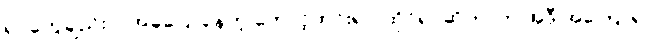
ရုပ်တွေချည်းပဲ၊ အခုပြောနေတဲ့ တောင့်တင်းရုပ် ထိုင်ရုပ်ဆိုတာက အဲဒီ အကြောရုပ်